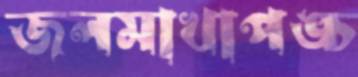
জলমাখাপঙ্চ